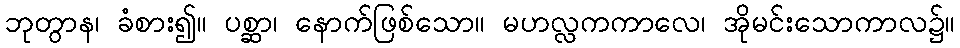
ဘုတွာန၊ ခံစား၍။ ပစ္ဆာ၊ နောက်ဖြစ်သော။ မဟလ္လကကာလေ၊ အိုမင်းသောကာလ၌။